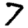
Digit: 7